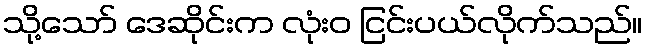
သို့သော် ဒေဆိုင်းက လုံးဝ ငြင်းပယ်လိုက်သည်။